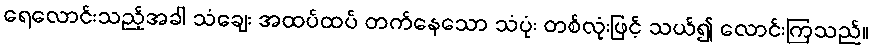
ရေလောင်းသည့်အခါ သံချေး အထပ်ထပ် တက်နေသော သံပုံး တစ်လုံးဖြင့် သယ်၍ လောင်းကြသည်။